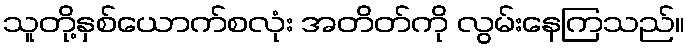
သူတို့နှစ်ယောက်စလုံး အတိတ်ကို လွမ်းနေကြသည်။